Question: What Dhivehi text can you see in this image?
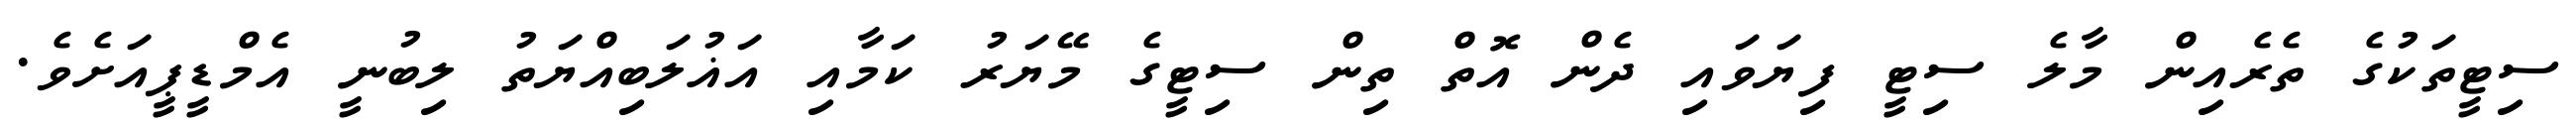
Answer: ސިޓީތަކުގެ ތެރެއިން މާލެ ސިޓީ ފިޔަވައި ދެން އޮތް ތިން ސިޓީގެ މޭޔަރު ކަމާއި އަޣުލަބިއްޔަތު ލިބުނީ އެމްޑީޕީއަށެވެ.